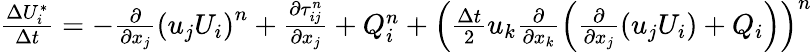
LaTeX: \begin{array}{r}{\frac{\Delta U_{i}^{*}}{\Delta t}=-\frac{\partial}{\partial{{x}_{j}}}{{\left({{u}_{j}}{{U}_{i}}\right)}^{n}}+\frac{\partial\tau_{ij}^{n}}{\partial{{x}_{j}}}+Q_{i}^{n}+{{\left(\frac{\Delta t}{2}{{u}_{k}}\frac{\partial}{\partial{{x}_{k}}}\left(\frac{\partial}{\partial{{x}_{j}}}\left({{u}_{j}}{{U}_{i}}\right)+{{Q}_{i}}\right)\right)}^{n}}}\end{array}